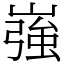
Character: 嵹